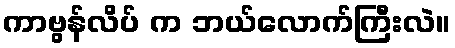
ကာဗွန်လိပ် က ဘယ်လောက်ကြီးလဲ။